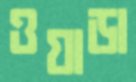
ওয়াডা